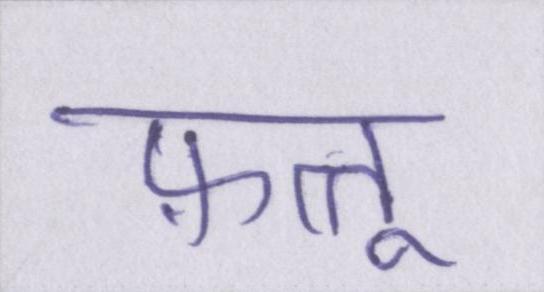
फ़त्तू